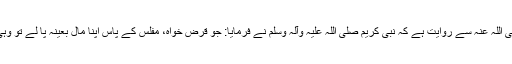
سیدنا سمرہ بن جندب ‌رضی ‌اللہ ‌عنہ سے روایت ہے کہ نبی کریم ‌صلی ‌اللہ ‌علیہ ‌وآلہ ‌وسلم نے فرمایا: جو قرض خواہ، مفلس کے پاس اپنا مال بعینہ پا لے تو وہی اس کا زیادہ حقدار ہو گا۔